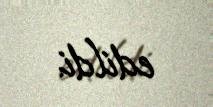
edildi.